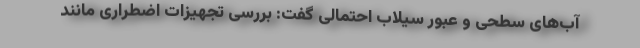
آب‌های سطحی و عبور سیلاب احتمالی گفت: بررسی تجهیزات اضطراری مانند